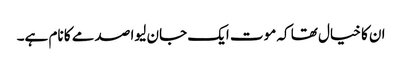
ان کا خیال تھا کہ موت ایک جان لیوا صدمے کا نام ہے۔